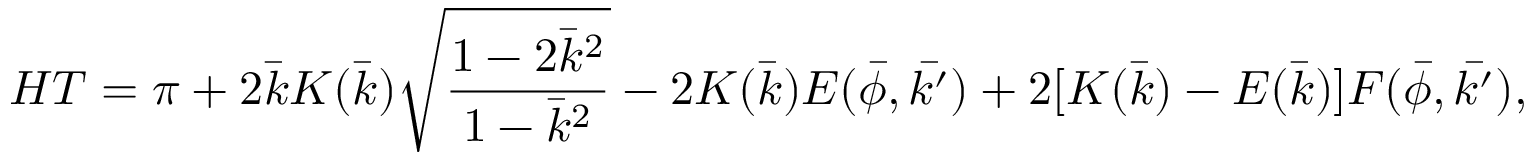
H T = \pi + 2 \bar { k } K ( \bar { k } ) \sqrt { \frac { 1 - 2 \bar { k } ^ { 2 } } { 1 - \bar { k } ^ { 2 } } } - 2 K ( \bar { k } ) E ( \bar { \phi } , \bar { k ^ { \prime } } ) + 2 [ K ( \bar { k } ) - E ( \bar { k } ) ] F ( \bar { \phi } , \bar { k ^ { \prime } } ) ,